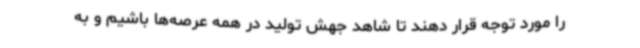
را مورد توجه قرار دهند تا شاهد جهش تولید در همه عرصه‌ها باشیم و به